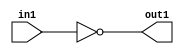
`timescale 1ps / 1ps
/*****************************************************************************
    Verilog RTL Description
    
    
    Created by: CellMath Designer 2019.1.01 
*******************************************************************************/

module fix2float_NotBit_32S_32S_4_3 (
	in1,
	out1
	); /* architecture "behavioural" */ 
input [31:0] in1;
output [31:0] out1;
wire [31:0] asc001;

assign asc001 = 
	((~in1));

assign out1 = asc001;
endmodule

/* CADENCE  urf5Tww= : u9/ySgnWtBlWxVPRXgAZ4Og= ** DO NOT EDIT THIS LINE ******/